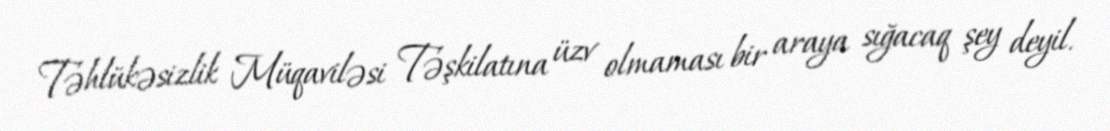
Təhlükəsizlik Müqaviləsi Təşkilatına üzv olmaması bir araya sığacaq şey deyil.